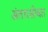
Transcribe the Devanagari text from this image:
अंतरासोबत